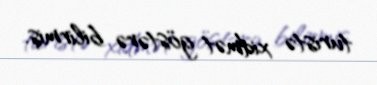
turistə xidmət göstərə bilirmiş.